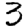
Digit: 3